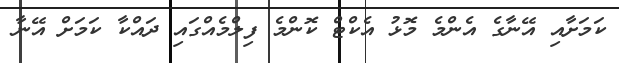
ކަމަށާއި އޭނާގެ އެންމެ މޮޅު އެކްޓް ކޮންމެ ފިލްމެއްގައި ދައްކާ ކަމަށް އޭނާ